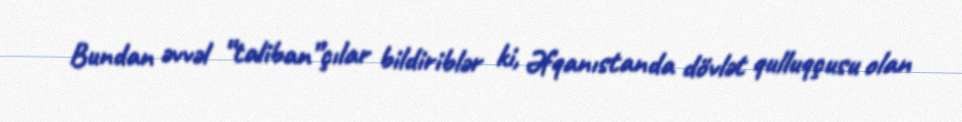
Bundan əvvəl “taliban”çılar bildiriblər ki, Əfqanıstanda dövlət qulluqçusu olan